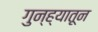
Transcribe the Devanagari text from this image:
गुन्ह्यातून